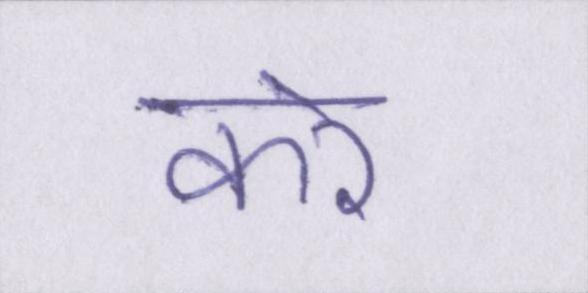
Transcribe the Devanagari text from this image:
करे।